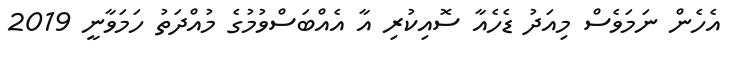
އެހެން ނަމަވެސް މިއަދު ޑެހެއާ ސޮއިކުރި އާ އެއްބަސްވުމުގެ މުއްދަތު ހަމަވާނީ 2019